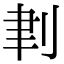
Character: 𠜈